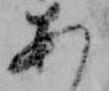
あ